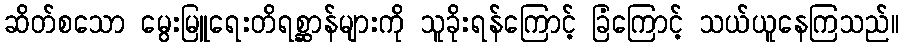
ဆိတ်စသော မွေးမြူရေးတိရစ္ဆာန်များကို သူခိုးရန်ကြောင့် ခြံကြောင့် သယ်ယူနေကြသည်။